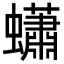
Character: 蠨